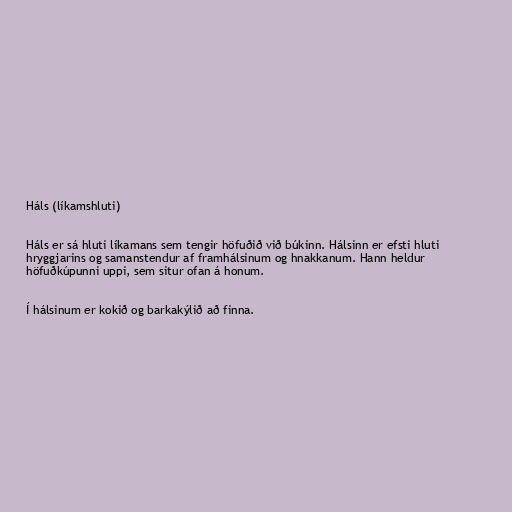
Háls (líkamshluti)

Háls er sá hluti líkamans sem tengir höfuðið við búkinn. Hálsinn er efsti hluti
hryggjarins og samanstendur af framhálsinum og hnakkanum. Hann heldur
höfuðkúpunni uppi, sem situr ofan á honum.

Í hálsinum er kokið og barkakýlið að finna.